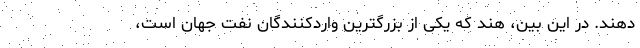
دهند. در این بین، هند که یکی از بزرگترین واردکنندگان نفت جهان است،